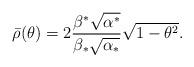
LaTeX: \begin{align*}\bar{\rho}(\theta)=2\frac{\beta^*\sqrt{\alpha^*}}{\beta_*\sqrt{\alpha_*}}\sqrt{1-\theta^2}.\end{align*}